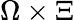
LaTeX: \Omega\times\Xi